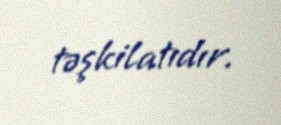
təşkilatıdır.